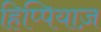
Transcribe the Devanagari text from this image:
हिप्पियाज़